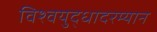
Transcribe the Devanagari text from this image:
विश्वयुद्धादरम्यान